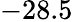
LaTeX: -28.5